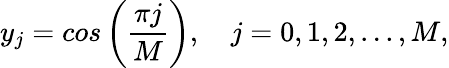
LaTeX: y_{j}=cos\left(\frac{\pi j}{M}\right),\quad j=0,1,2,...,M,